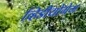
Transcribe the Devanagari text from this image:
व्हिडीयोगेम